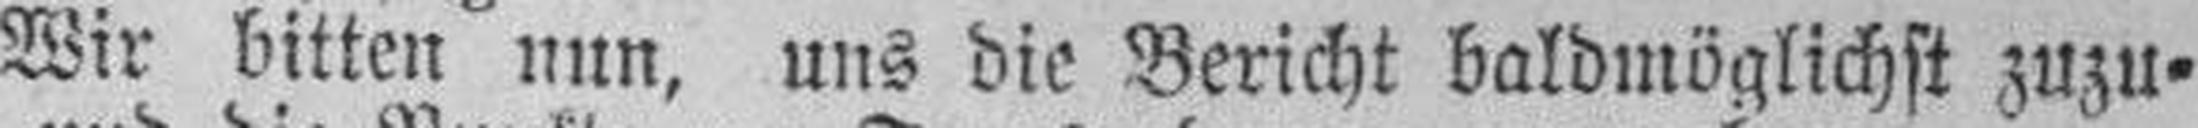
Wir bitten nun, uns die Bericht baldmöglichst zuzu¬